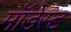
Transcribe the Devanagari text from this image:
मॉडेस्ट